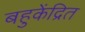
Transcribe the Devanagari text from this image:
बहुकेंद्रित